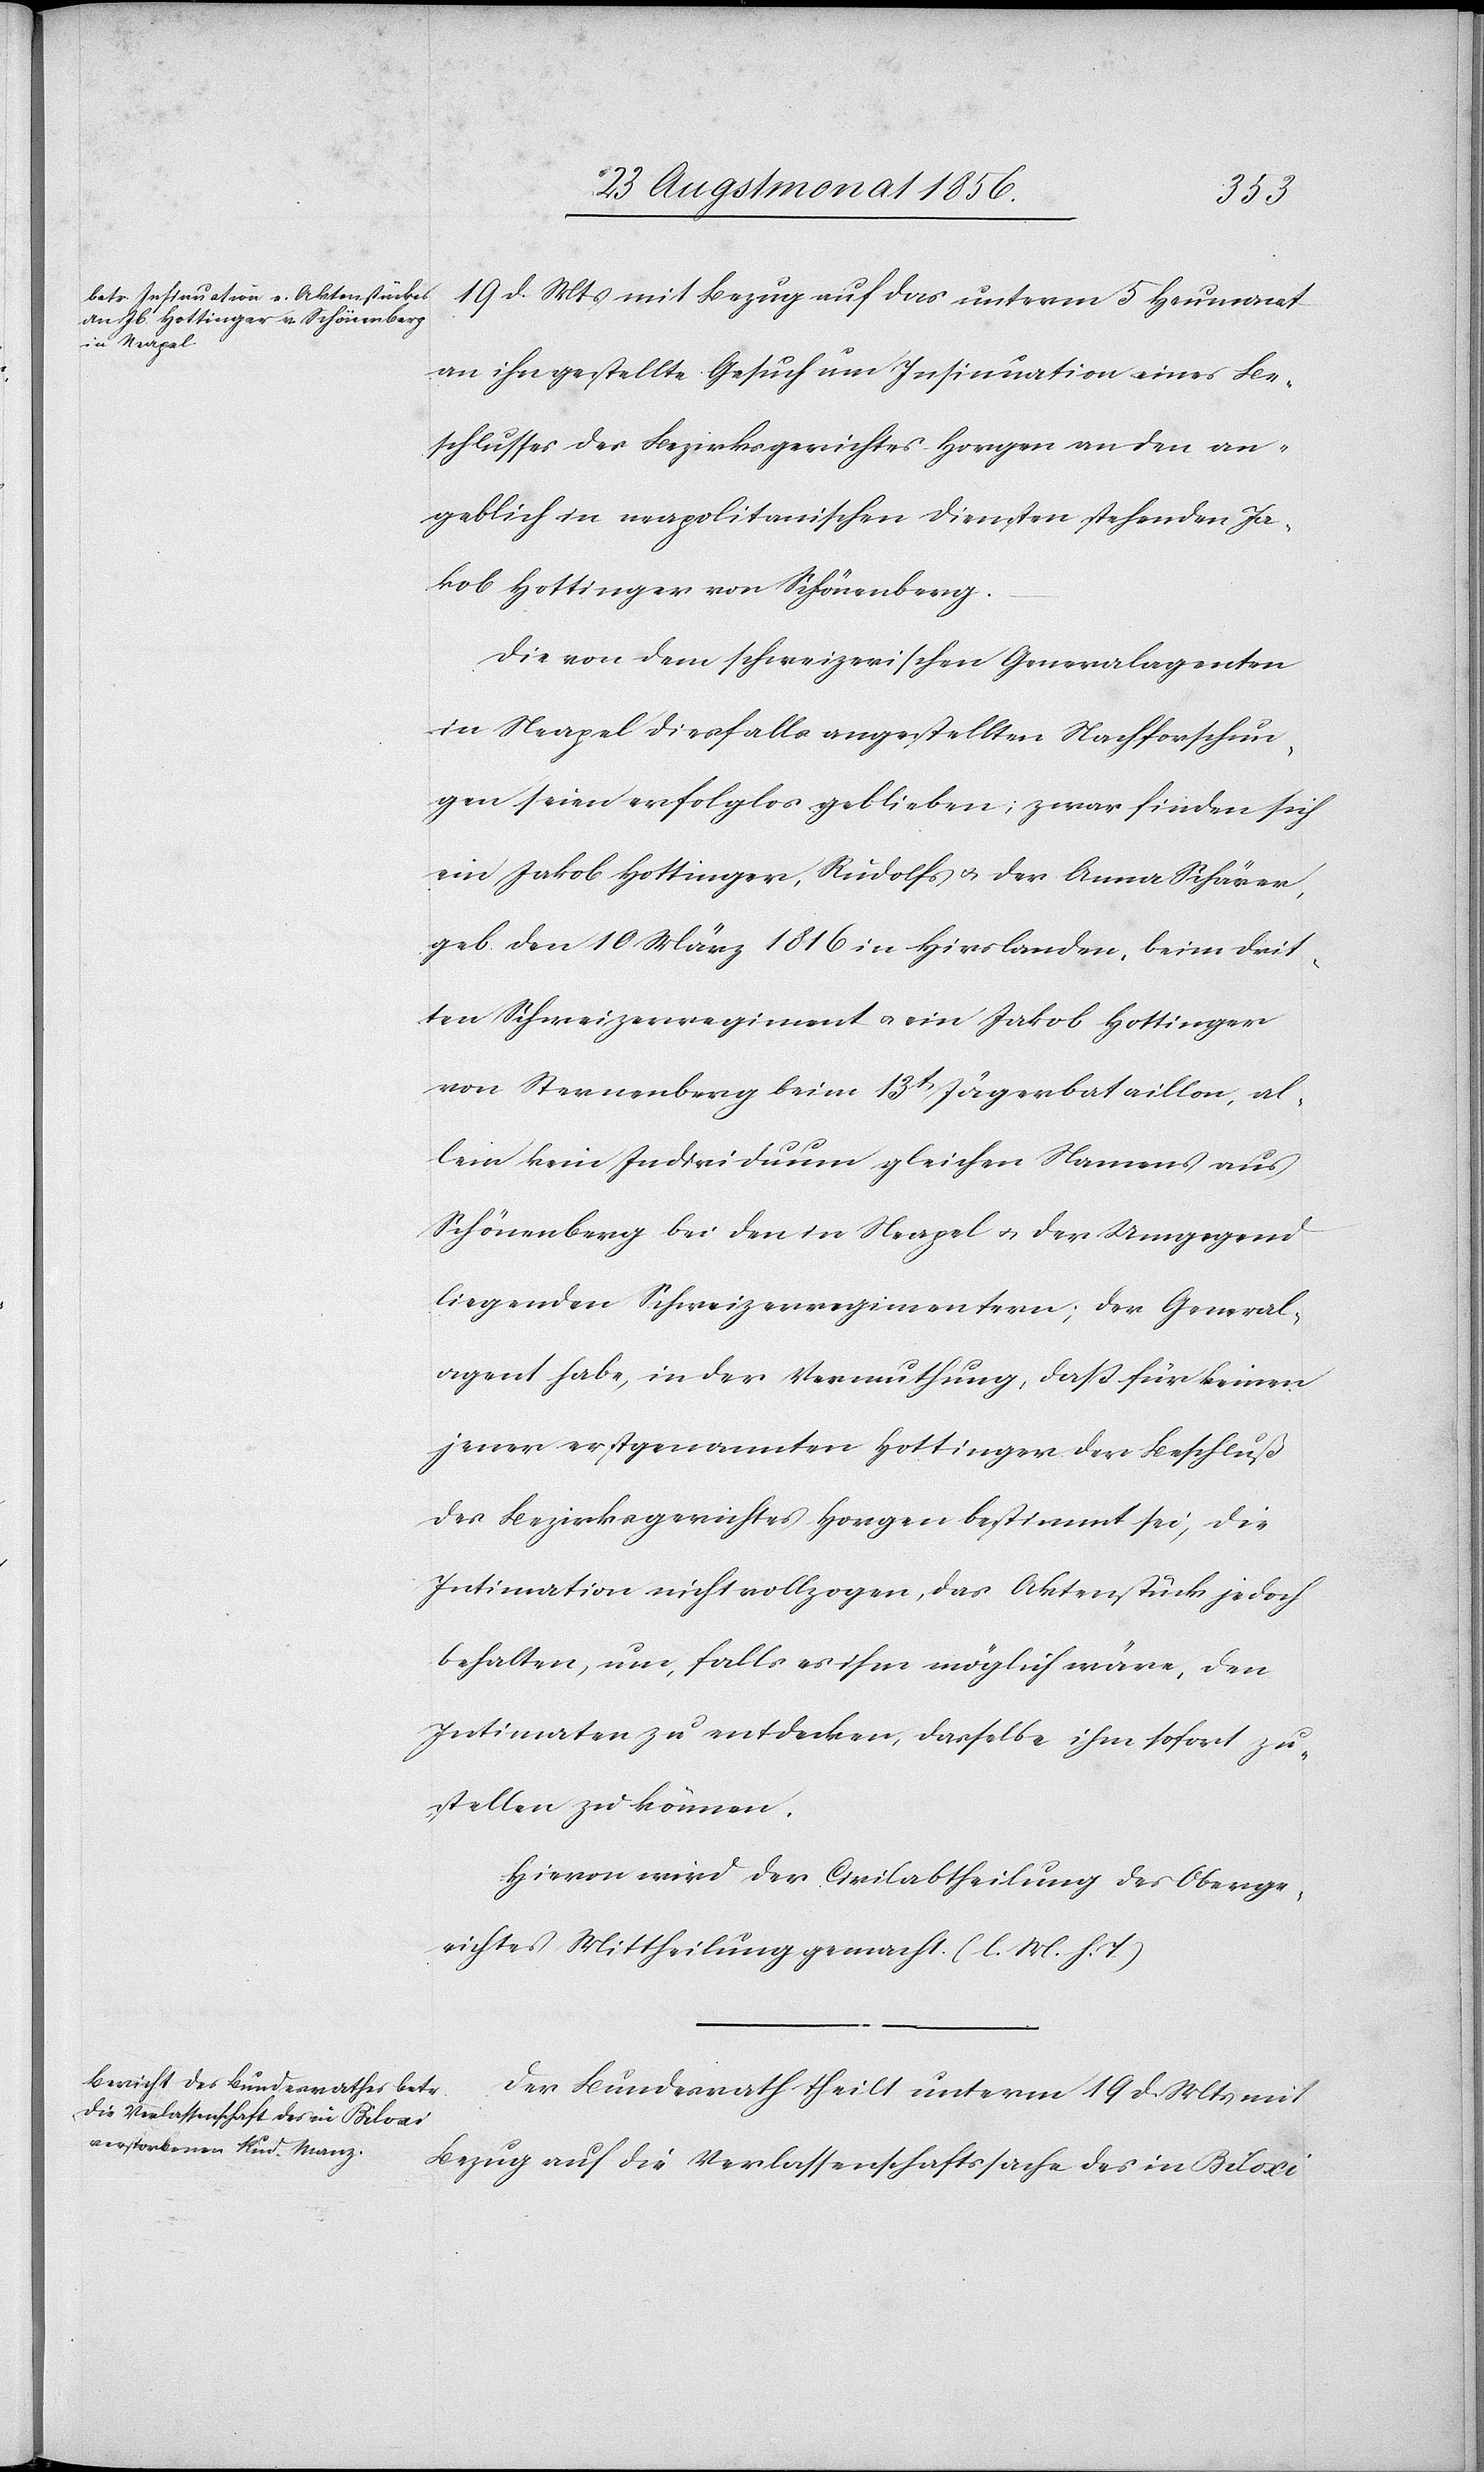
19 d. Mts mit Bezug auf das unterm 5 Heumonat
an ihn gestellte Gesuch um Insinuation eines Be¬
schlusses des Bezirksgerichtes Horgen an den an¬
geblich in neapolitanischen Diensten stehenden Ja¬
kob Hottinger von Schönenberg.
Die von dem schweizerischen Generalagenten
in Neapel diesfalls angestellten Nachforschun¬
gen seien erfolglos geblieben; zwar finden sich
ein Jakob Hottinger, Rudolfs u. der Anna Schärer,
geb. den 10 März 1816 in Hirslanden, beim drit¬
ten Schweizerregiment u. ein Jakob Hottinger
von Sternenberg beim 13t Jägerbataillon, al¬
lein kein Individuum gleichen Namens aus
Schönenberg bei den in Neapel u. der Umgegend
liegenden Schweizerregimentern; der General¬
agent habe, in der Vermuthung, dass für keinen
jener erstgenannten Hottinger der Beschluß
des Bezirksgerichtes Horgen bestimmt sei, die
Intimation nicht vollzogen, das Aktenstück jedoch
behalten, um, falls es ihm möglich wäre, den
Intimaten zu entdecken, dasselbe ihm sofort zu¬
stellen zu können.
Hievon wird der Civilabtheilung des Oberge¬
richtes Mittheilung gemacht. (l. M. h. T)
Der Bundesrath theilt unterm 19 d. Mts mit
Bezug auf die Verlassenschaftssache des in Biloxi